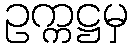
ဥက္ကဋ္ဌမှ